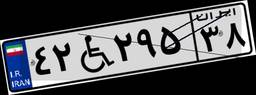
۴۲W۲۹۵۳۸